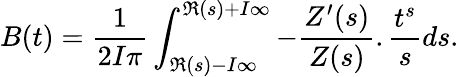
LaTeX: B(t)=\frac{1}{2I\pi}\int_{\Re(s)-I\infty}^{\Re(s)+I\infty}-\frac{Z^{\prime}(s)}{Z(s)}.\frac{t^{s}}{s}ds.